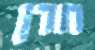
חדן